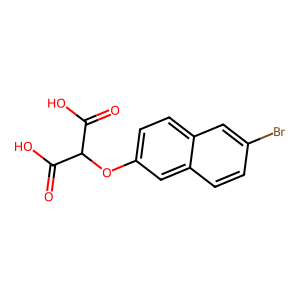
SMILES: O=C(O)C(Oc1ccc2cc(Br)ccc2c1)C(=O)O
Inhibits HIV replication: No